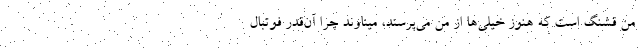
من قشنگ است كه هنوز خيلي‌ها از من مي‌پرسند، ميناوند چرا آن‌قدر فوتبال